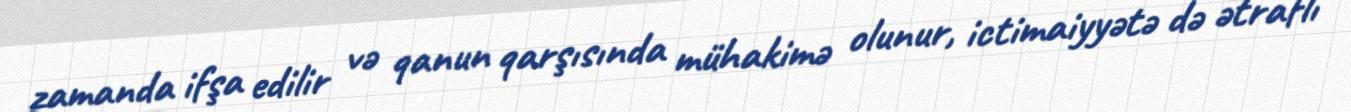
zamanda ifşa edilir və qanun qarşısında mühakimə olunur, ictimaiyyətə də ətraflı